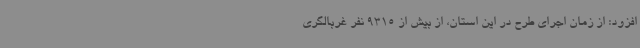
افزود: از زمان اجرای طرح در این استان، از بیش از 9315 نفر غربالگری